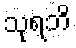
သုရဘိ